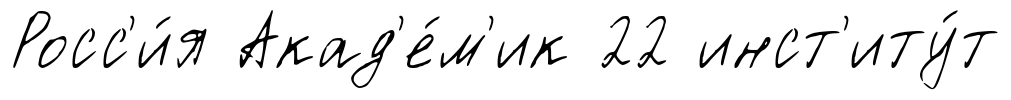
Росс'и́я Акад'е́м'ик 22 инст'иту́т